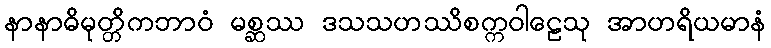
နာနာဓိမုတ္တိကဘာဝံ မစ္ဆဿ ဒသသဟဿိစက္ကဝါဠေသု အာဟရိယမာနံ